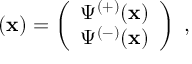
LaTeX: { \bf \Psi } ( { \bf x } ) = \left( \begin{array} { c } { { \Psi ^ { ( + ) } ( { \bf x } ) } } \\ { { \Psi ^ { ( - ) } ( { \bf x } ) } } \end{array} \right) \; ,